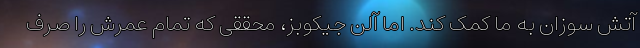
آتش سوزان به ما کمک کند. اما آلن جیکوبز، محققی که تمام عمرش را صرف